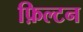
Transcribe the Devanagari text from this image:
फ़िल्टन